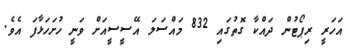
އަހަރީ ރިޕޯޓުން ދައްކާ ގޮތުގައި 832 މައްސަލަ އޭސީސީއަށް ވަނީ ހުށަހަޅާފަ އެވެ.